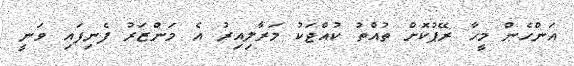
އަންހެން މީހާ ރޭޕުކޮށް ތުއްތު ކުއްޖަކު މަރާލިއިރު އެ މަންޒަރު ފެނިފައި ވަނީ